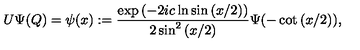
U \Psi ( Q ) = \psi ( x ) : = \frac { \exp { ( - 2 i c \ln \sin { ( x / 2 ) } ) } } { 2 \sin ^ { 2 } { ( x / 2 ) } } \Psi ( - \cot { ( x / 2 ) } ) ,